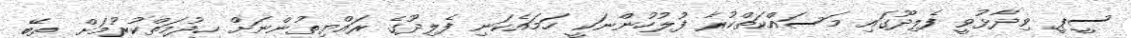
ސީޕީ ވިދާޅުވީ ފެލިދޫގައި މަސައްކަތްކުރާ ފުލުހުންނަކީ ހަމައެކަނި ފެލިދޫގެ ރައްޔިތުންނަށް ހިދުމަތްކުރުމަށް ތިބޭ